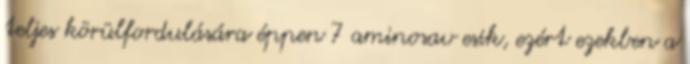
teljes körülfordulására éppen 7 aminosav esik, ezért ezekben a